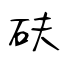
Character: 砆